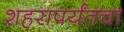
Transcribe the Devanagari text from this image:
शहरापर्यंतचा